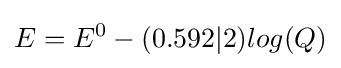
E=E^{0}-({0.592}|{2})log(Q)